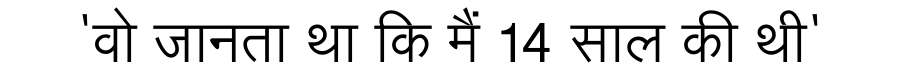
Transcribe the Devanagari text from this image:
'वो जानता था कि मैं 14 साल की थी'